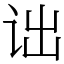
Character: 诎